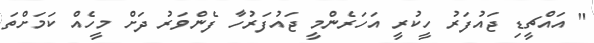
" އައްޗީޑި ޖައުފަރު ހީކުރީ އަހަރެންމީ ޖައުފަރުހާ ފެންވަރު ދަށް މީހެއް ކަމަށްތަ